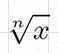
\sqrt[n]{x}